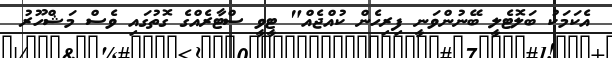
އެކަމަކު ބަލޮޓެލީ ބޭނުންވަނީ ފިރިހެން ކުއްޖެއް" ޓީވީ ސްޓާރެއްގެ ގޮތުގައި ވެސް މަޝްހޫރު